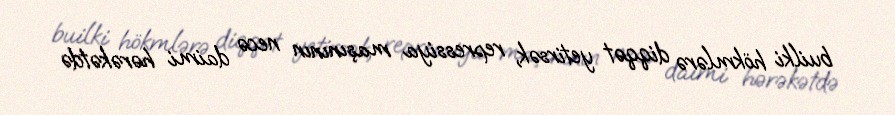
builki hökmlərə diqqət yetirsək, repressiya maşınının necə daimi hərəkətdə